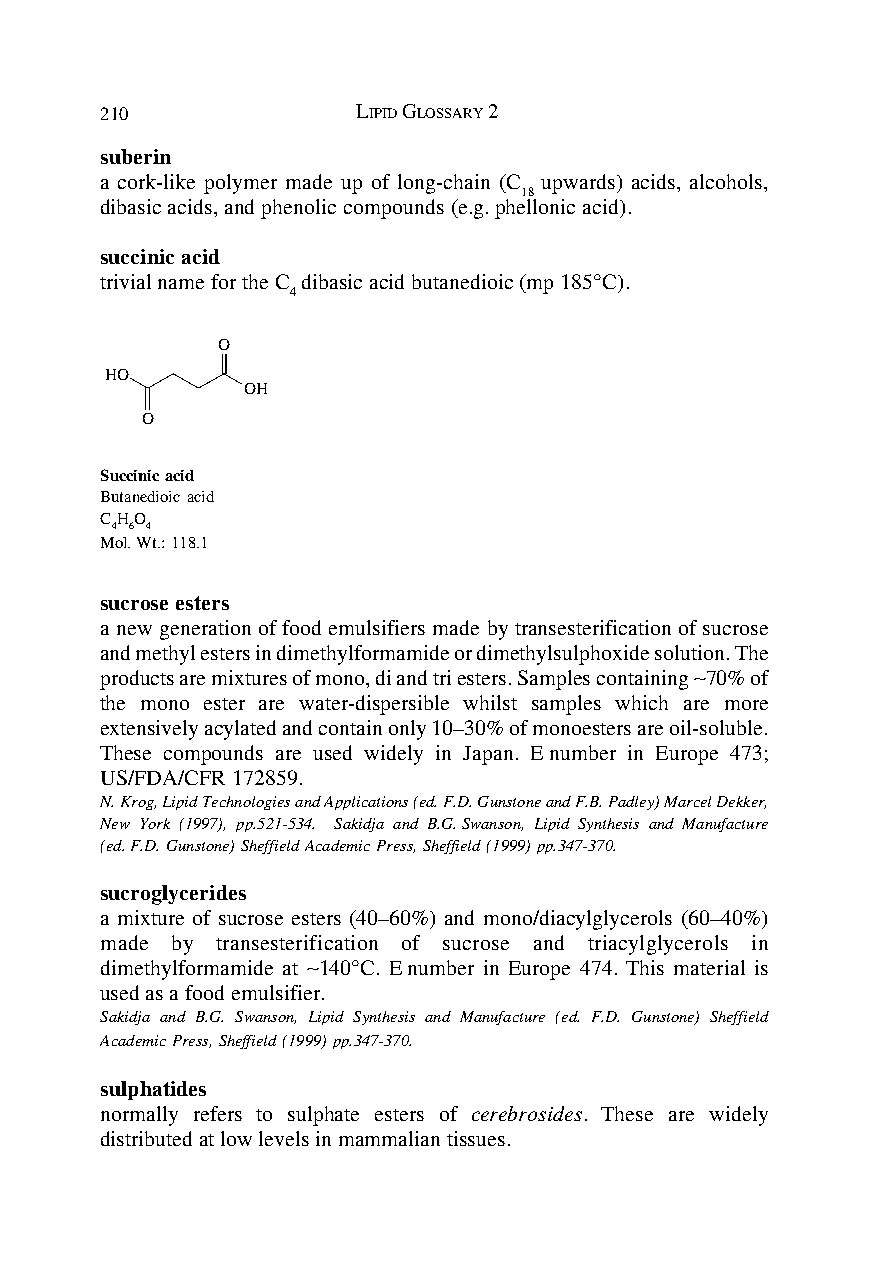
210              LIPID GLOSSARY 2
 suberin
 a cork-like polymer made up of long-chain (C upwards) acids, alcohols,
 18
 dibasic acids, and phenolic compounds (e.g. phellonic acid).
 succinic acid
 trivial name for the C dibasic acid butanedioic (mp 185°C).
 4
 O
 HO
 OH
 O
 Succinic acid
 Butanedioic acid
 CHO
 4 6 4
 Mol. Wt.: 118.1
 sucrose esters
 a new generation of food emulsifiers made by transesterification of sucrose
 and methyl esters in dimethylformamide or dimethylsulphoxide solution. The
 products are mixtures of mono, di and tri esters. Samples containing ∼70% of
 the mono ester are water-dispersible whilst samples which are more
 extensively acylated and contain only 10–30% of monoesters are oil-soluble.
 These compounds are used widely in Japan. E number in Europe 473;
 US/FDA/CFR 172859.
 N. Krog, Lipid Technologies and Applications (ed. F.D. Gunstone and F.B. Padley) Marcel Dekker,
 New York (1997), pp.521-534. Sakidja and B.G. Swanson, Lipid Synthesis and Manufacture
 (ed. F.D. Gunstone) Sheffield Academic Press, Sheffield (1999) pp.347-370.
 sucroglycerides
 a mixture of sucrose esters (40–60%) and mono/diacylglycerols (60–40%)
 made by transesterification of sucrose and triacylglycerols in
 dimethylformamide at ∼140°C. E number in Europe 474. This material is
 used as a food emulsifier.
 Sakidja and B.G. Swanson, Lipid Synthesis and Manufacture (ed. F.D. Gunstone) Sheffield
 Academic Press, Sheffield (1999) pp.347-370.
 sulphatides
 normally refers to sulphate esters of cerebrosides. These are widely
 distributed at low levels in mammalian tissues.